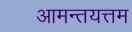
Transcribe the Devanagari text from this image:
आमन्तयत्तम